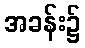
အခန်း၌